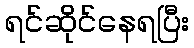
ရင်ဆိုင်နေရပြီး